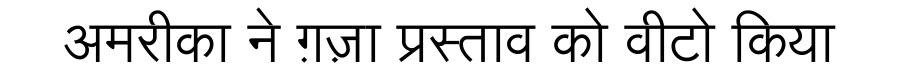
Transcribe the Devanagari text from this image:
अमरीका ने ग़ज़ा प्रस्ताव को वीटो किया